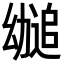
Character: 𫷤